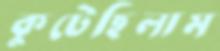
কুটেছিলাম